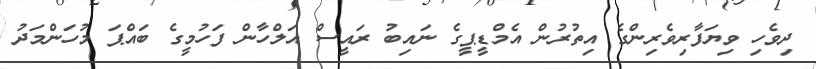
ދިވެހި ވިޔަފާރިވެރިންގެ އިތުރުން އެމްޑީޕީގެ ނައިބު ރައީސް އަލްހާން ފަހުމީގެ ބައްޕަ މުހަންމަދު